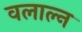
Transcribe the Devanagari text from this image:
वलाल्न